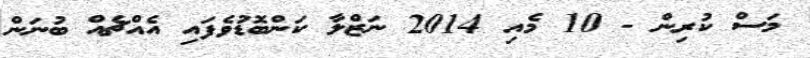
މަސް ކުރިން - 10 މެއި 2014 ނަޒްލާ ކަންބޮޑުވެފައި އެއްޗެއް ބުނަން